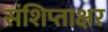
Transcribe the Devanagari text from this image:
संशिप्ताक्षर